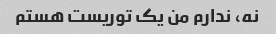
نه، ندارم من یک توریست هستم